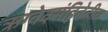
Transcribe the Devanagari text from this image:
ऋग्वेदसंहितेतील